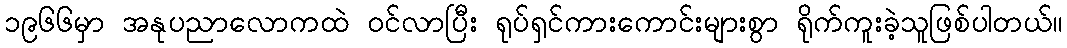
၁၉၆၆မှာ အနုပညာလောကထဲ ဝင်လာပြီး ရုပ်ရှင်ကားကောင်းများစွာ ရိုက်ကူးခဲ့သူဖြစ်ပါတယ်။